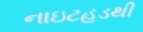
નાઇટહૂડથી